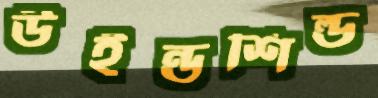
উইন্ডশিল্ড